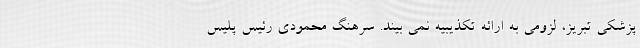
پزشکی تبریز، لزومی به ارائه تکذیبیه نمی بیند. سرهنگ محمودی رئیس پلیس